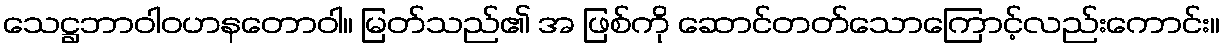
သေဋ္ဌဘာဝါဝဟနတောဝါ။ မြတ်သည်၏ အ ဖြစ်ကို ဆောင်တတ်သောကြောင့်လည်းကောင်း။